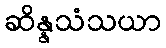
ဆိန္နသံသယာ